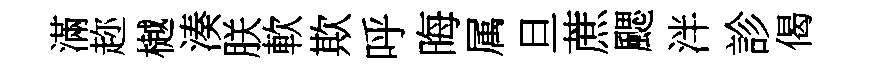
滿趂樾湊朕軟欺呼晦属旦蔗颸泮診偈